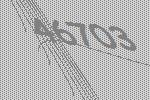
46703